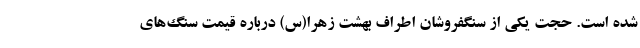
شده است. حجت یکی از سنگفروشان اطراف بهشت زهرا(س) درباره قیمت سنگ‌های